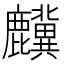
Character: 𲎎